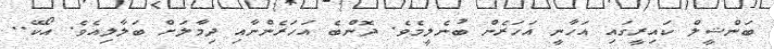
ބަންޝީލް ކައިރީގައި އަހާނީ އަހަރެން ބުނެލީމެވެ. ދޮންބެ އަހަރެންނާއި ދިމާލަށް ބަލާލިއެވެ. އޯކޭ..